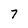
Character: 7